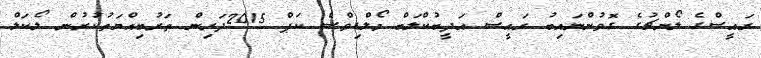
ރައީސްގެ ލޯންޗުގެ ގޮވުންނައިބު ރައީސް އަދީބުކްލަބް މޯލްޑިވްސް ކަޕް 2015ދަރިން ތަރުބިއްޔަތުކުރުން ލޯކަލް